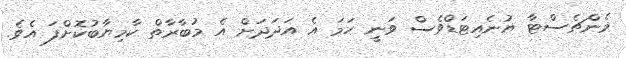
މެންޗެސްޓާ ޔުނެއިޓަޑްވެސް ވަނީ ހަމަ އެ އަދަދަށް އެ މުބާރާތް ކާމިޔާބުކޮށްފަ އެވެ.